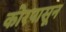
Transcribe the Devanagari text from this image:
कोरपासून